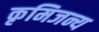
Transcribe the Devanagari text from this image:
कृमिजन्य